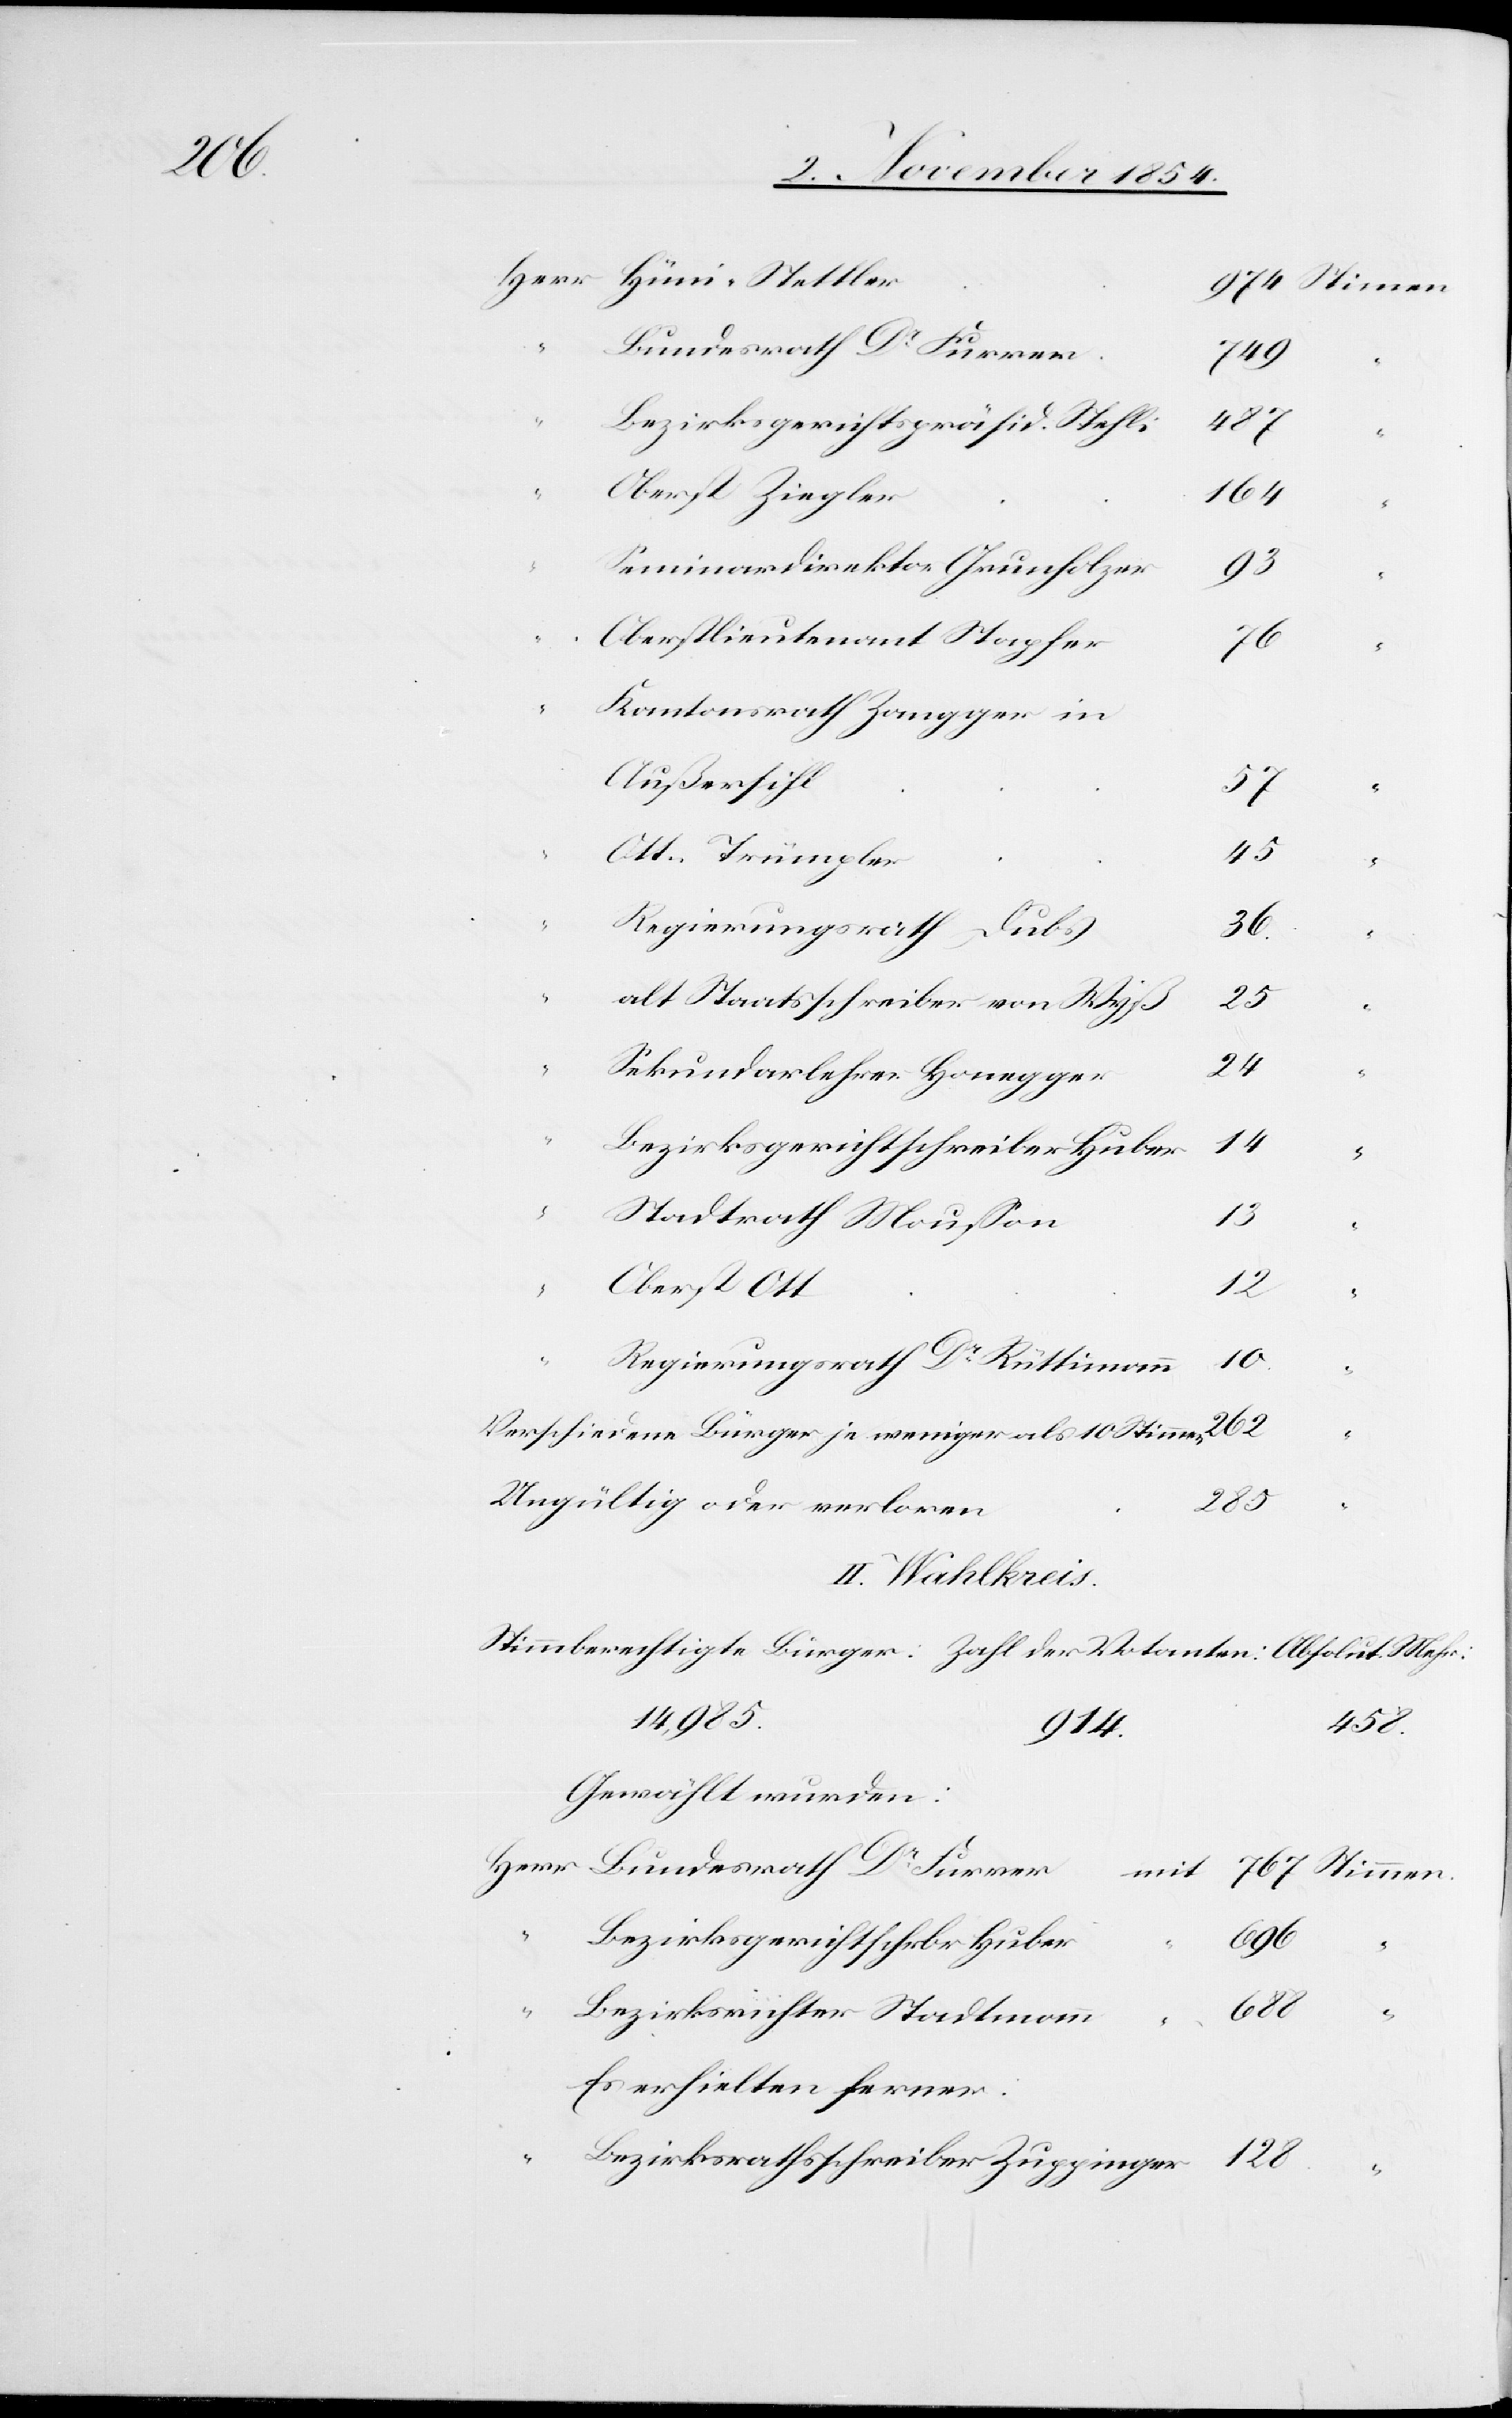
767

Bundesrath Dr Furrer
749
285
Bezirksgerichtspräsid. Stehli
Oberst Ziegler
164
Seminardirektor Grunholzer
93
Oberstlieutenant Stapfer
76
Kantonsrath Zangger in
Außersihl
57
45
“
Regierungsrath Dubs
36
alt Staatsschreiber von Wyß
25
Sekundarlehrer Honegger
914.
Bezirksgerichtschreiber Huber
“
Stadtrath Moußon
128
Oberst Ott
Regierungsrath Dr Rüttimann
19
Verschiedene Bürger je weniger als 10 Stimmen
mit
Ungültig oder verloren
II. Wahlkreis
14,985
Gewählt wurden:
Bezirksgerichtschrbr Huber
14
“
688
Bezirksrichter Stadtmann
Stimmen.
Es erhielten ferner:
Bezirksrathsschreiber Zuppinger
“